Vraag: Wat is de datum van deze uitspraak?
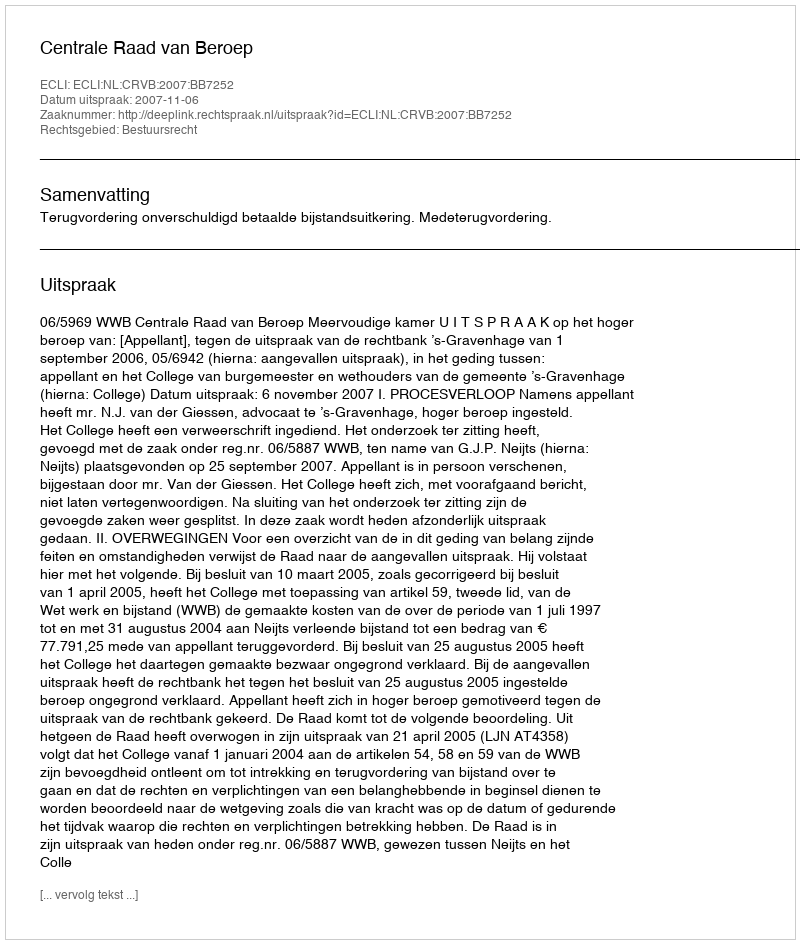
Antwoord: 2007-11-06